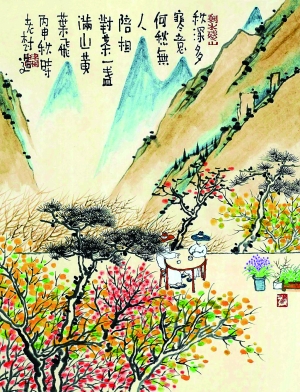
倚高寒愁生故国，气吞骄虏。